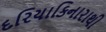
દરિયાકિનારાથી